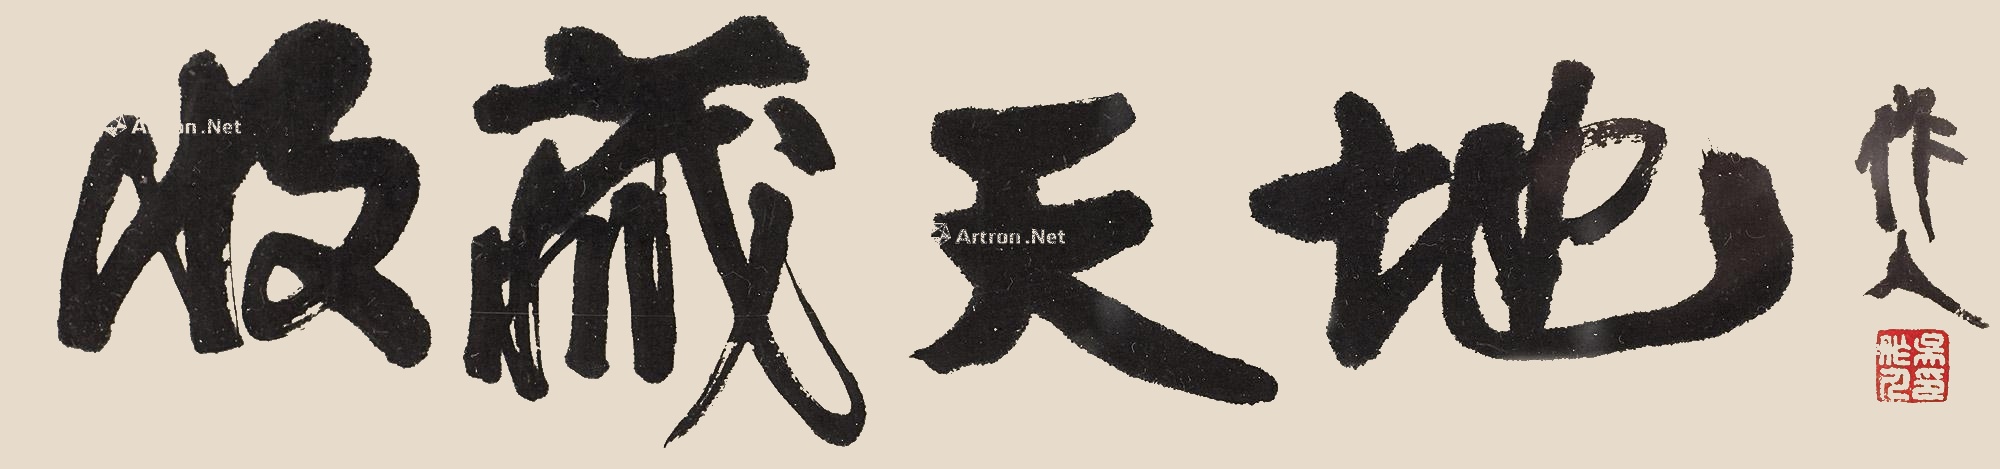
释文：收藏天地。作人。